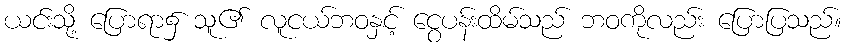
ယင်းသို့ ပြောရာ၌ သူ၏ လူငယ်ဘဝနှင့် ငွေပန်းထိမ်သည် ဘဝကိုလည်း ပြောပြသည်။